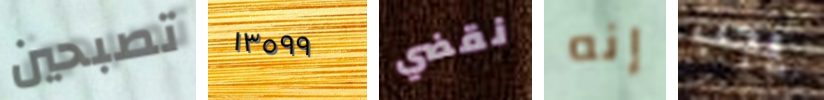
تصبحين ١٣٥٩٩ نقضي إنه يجب